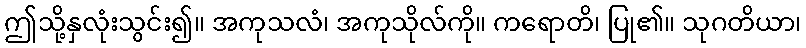
ဤသို့နှလုံးသွင်း၍။ အကုသလံ၊ အကုသိုလ်ကို။ ကရောတိ၊ ပြု၏။ သုဂတိယာ၊